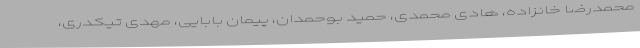
محمدرضا خانزاده، هادی محمدی، حمید بوحمدان، پیمان بابایی، مهدی تیکدری،